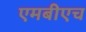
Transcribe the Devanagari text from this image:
एमबीएच